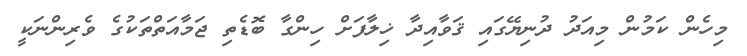
މިހެން ކަމުން މިއަދު ދުނިޔޭގައި ޤަވާއިދާ ޚިލާފަށް ހިންގާ ބޮޑެތި ޖަމާއަތްތަކުގެ ވެރިންނަކީ